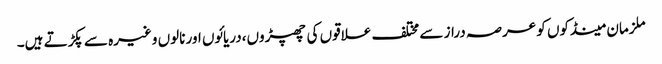
ملزمان مینڈکوں کو عرصہ دراز سے مختلف علاقوں کی چھپڑوں،دریائوں اور نالوں وغیرہ سے پکڑتے ہیں۔